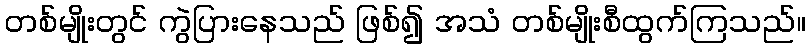
တစ်မျိုးတွင် ကွဲပြားနေသည် ဖြစ်၍ အသံ တစ်မျိုးစီထွက်ကြသည်။